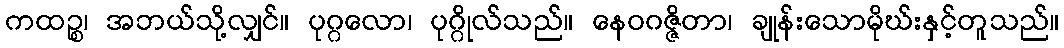
ကထဉ္စ၊ အဘယ်သို့လျှင်။ ပုဂ္ဂလော၊ ပုဂ္ဂိုလ်သည်။ နေဝဂဇ္ဇိတာ၊ ချုန်းသောမိုဃ်းနှင့်တူသည်။